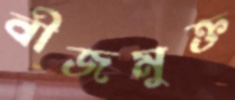
বীজমুক্ত